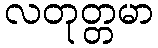
လတုတ္တမာ